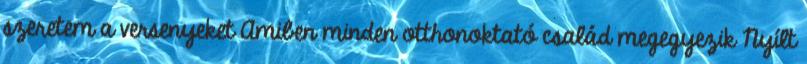
szeretem a versenyeket Amiben minden otthonoktató család megegyezik Nyílt